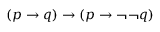
( p \to q ) \to ( p \to \neg \neg q )